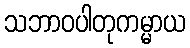
သဘာဝပါတုကမ္မာယ